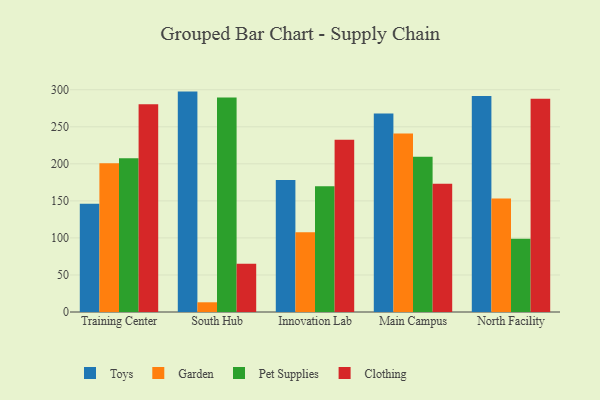
{"axis": {"x": "Campus", "y": "Latency (ms)"}, "legend": ["Clothing", "Garden", "Pet Supplies", "Toys"], "data": [{"x": "Training Center", "y": 146.1, "type": "Toys"}, {"x": "Training Center", "y": 200.7, "type": "Garden"}, {"x": "Training Center", "y": 207.7, "type": "Pet Supplies"}, {"x": "Training Center", "y": 280.3, "type": "Clothing"}, {"x": "South Hub", "y": 297.5, "type": "Toys"}, {"x": "South Hub", "y": 13.1, "type": "Garden"}, {"x": "South Hub", "y": 289.4, "type": "Pet Supplies"}, {"x": "South Hub", "y": 65.2, "type": "Clothing"}, {"x": "Innovation Lab", "y": 178.1, "type": "Toys"}, {"x": "Innovation Lab", "y": 107.6, "type": "Garden"}, {"x": "Innovation Lab", "y": 169.9, "type": "Pet Supplies"}, {"x": "Innovation Lab", "y": 232.5, "type": "Clothing"}, {"x": "Main Campus", "y": 268.1, "type": "Toys"}, {"x": "Main Campus", "y": 241.1, "type": "Garden"}, {"x": "Main Campus", "y": 209.6, "type": "Pet Supplies"}, {"x": "Main Campus", "y": 173.0, "type": "Clothing"}, {"x": "North Facility", "y": 291.5, "type": "Toys"}, {"x": "North Facility", "y": 153.1, "type": "Garden"}, {"x": "North Facility", "y": 99.0, "type": "Pet Supplies"}, {"x": "North Facility", "y": 288.0, "type": "Clothing"}]}